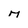
Character: M